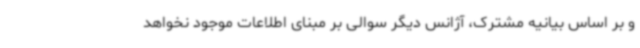
و بر اساس بیانیه مشترک، آژانس دیگر سوالی بر مبنای اطلاعات موجود نخواهد